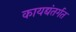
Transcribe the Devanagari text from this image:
कायद्यंतर्गत